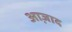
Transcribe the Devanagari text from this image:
आ़जाद